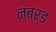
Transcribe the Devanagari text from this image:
नंबर्ड